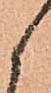
候